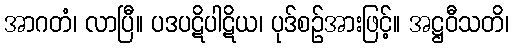
အာဂတံ၊ လာပြီ။ ပဒပဋိပါဋိယ၊ ပုဒ်စဉ်အားဖြင့်။ အဋ္ဌဝီသတိ၊